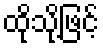
ထိုသို့ဖြင့်